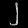
Digit: ၂